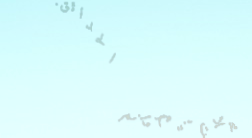
محلات بيع لوازم الحدائق: